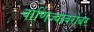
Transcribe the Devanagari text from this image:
वाणिज्याबरोबर